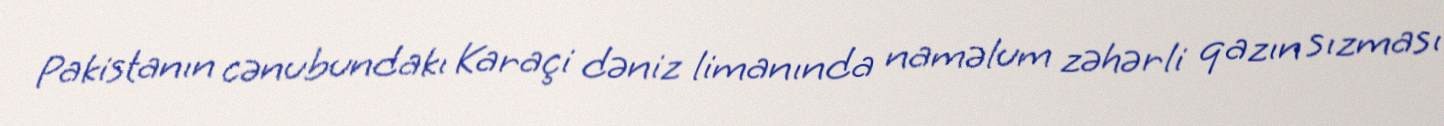
Pakistanın cənubundakı Karaçi dəniz limanında naməlum zəhərli qazın sızması